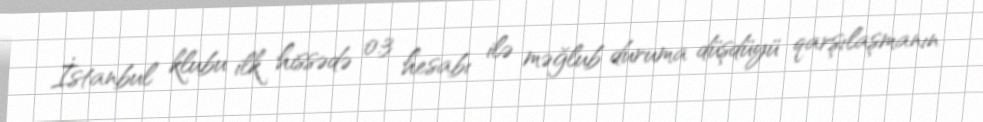
İstanbul klubu ilk hissədə 0:3 hesabı ilə məğlub duruma düşdüyü qarşılaşmanın